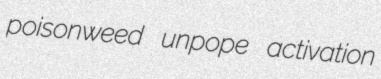
poisonweed unpope activation